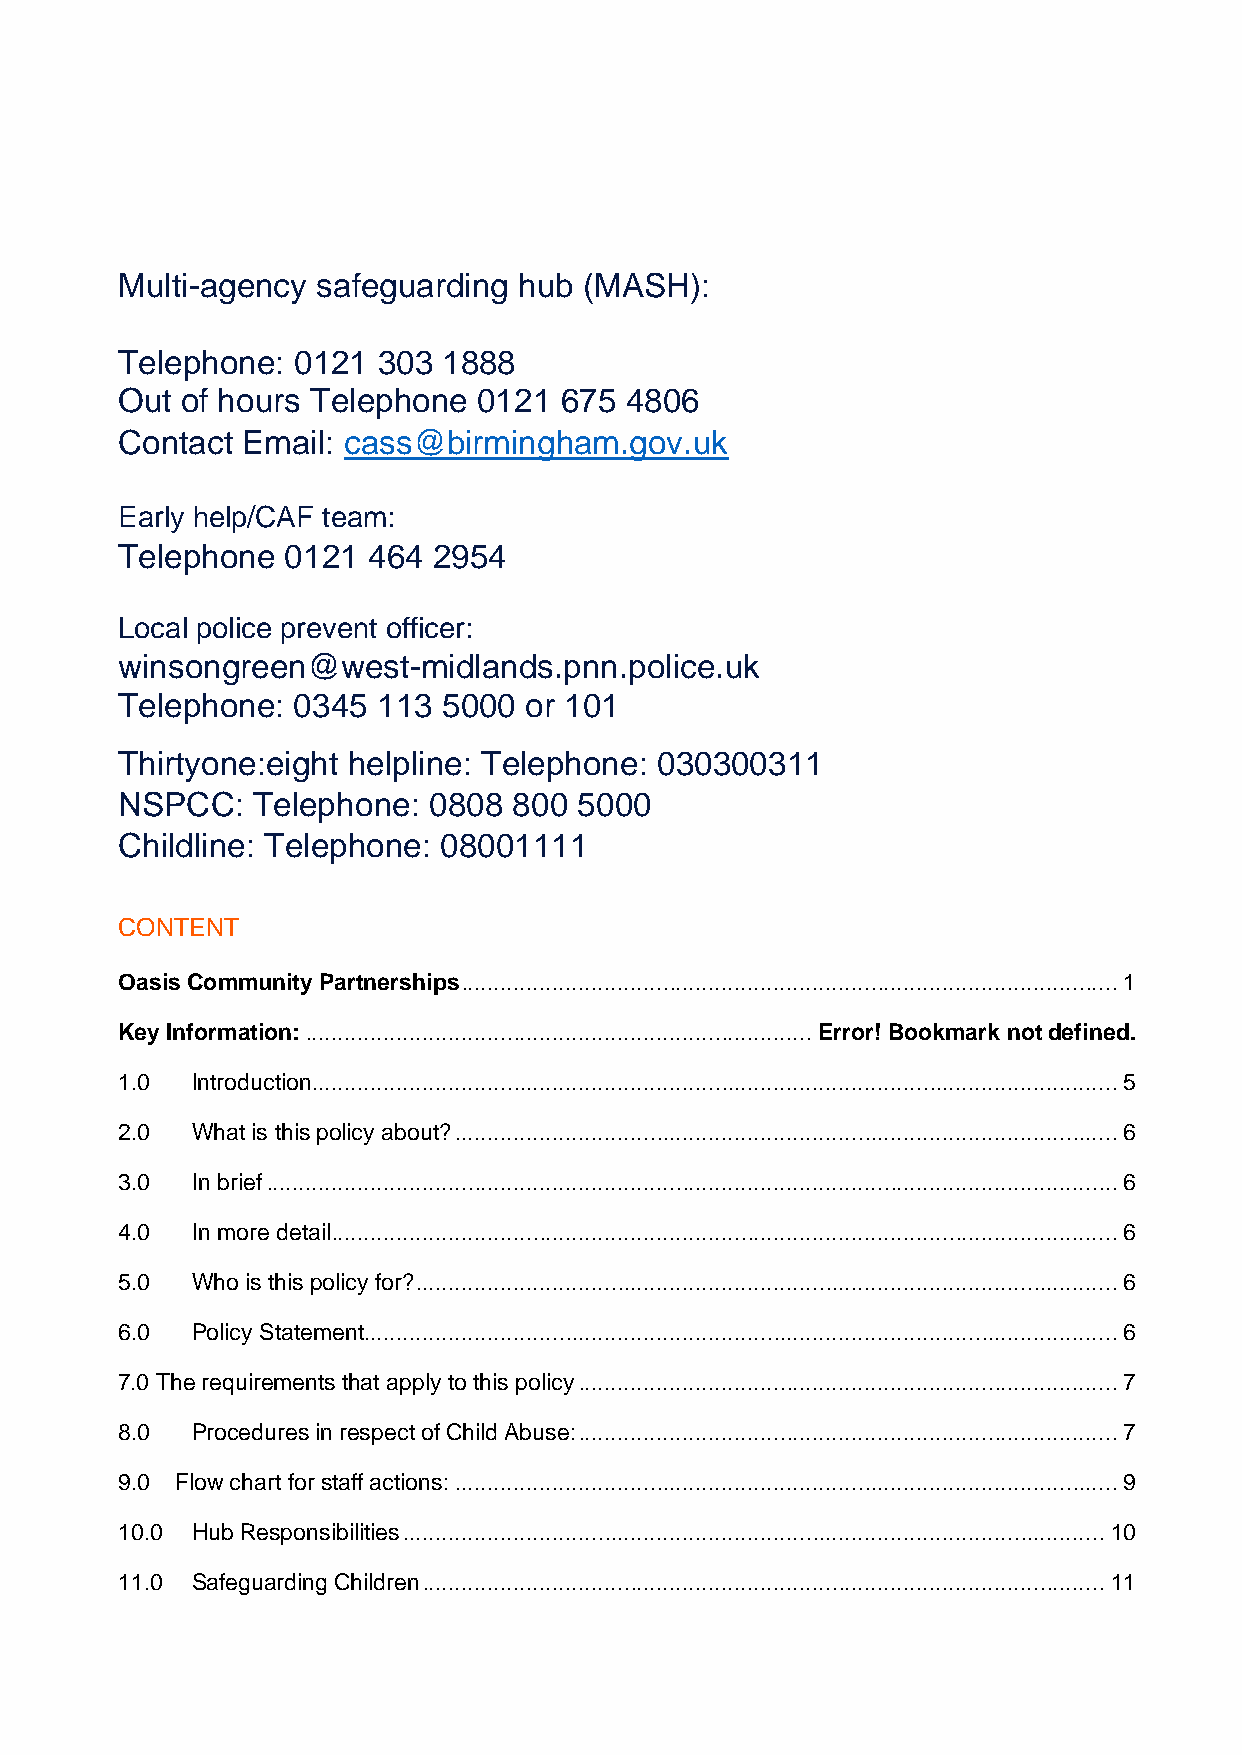
Multi-agency safeguarding hub  (MASH):
 Telephone: 0121  303 1888
 Out of hours Telephone  0121 675 4806
 Contact Email: cass@birmingham.gov.uk
 Early help/CAF team:
 Telephone  0121 464  2954
 Local police prevent officer:
 winsongreen@west-midlands.pnn.police.uk
 Telephone: 0345  113 5000  or 101
 Thirtyone:eight helpline: Telephone: 030300311
 NSPCC:   Telephone: 0808  800 5000
 Childline: Telephone: 08001111
 CONTENT
 Oasis Community Partnerships ..................................................................................................... 1
 Key Information: .............................................................................. Error! Bookmark not defined.
 1.0  Introduction ............................................................................................................................ 5
 2.0  What is this policy about? ...................................................................................................... 6
 3.0  In brief ................................................................................................................................... 6
 4.0  In more detail ......................................................................................................................... 6
 5.0  Who is this policy for? ............................................................................................................ 6
 6.0  Policy Statement .................................................................................................................... 6
 7.0 The requirements that apply to this policy ................................................................................... 7
 8.0  Procedures in respect of Child Abuse: ................................................................................... 7
 9.0 Flow chart for staff actions: ...................................................................................................... 9
 10.0 Hub Responsibilities ............................................................................................................ 10
 11.0 Safeguarding Children ......................................................................................................... 11